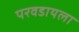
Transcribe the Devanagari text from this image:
परवडायला